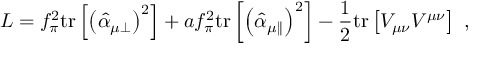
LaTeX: { \cal L } = f _ { \pi } ^ { 2 } \mathrm { t r } \left[ \left( \hat { \alpha } _ { \mu \perp } \right) ^ { 2 } \right] + a f _ { \pi } ^ { 2 } \mathrm { t r } \left[ \left( \hat { \alpha } _ { \mu \parallel } \right) ^ { 2 } \right] - \frac { 1 } { 2 } \mathrm { t r } \left[ V _ { \mu \nu } V ^ { \mu \nu } \right] \ ,